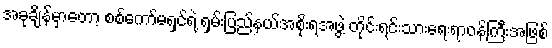
အခုချိန်မှာတော့ စစ်ကော်မရှင်ရဲ့ ရှမ်းပြည်နယ်အစိုးရအဖွဲ့ တိုင်းရင်းသားရေးရာဝန်ကြီးအဖြစ်